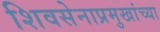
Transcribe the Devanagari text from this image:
शिवसेनाप्रमुखांच्या